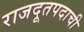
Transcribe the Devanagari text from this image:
राजदूतपदाची